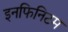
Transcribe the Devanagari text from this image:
इनफिनिटम